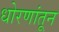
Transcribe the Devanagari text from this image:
धोरणांतून